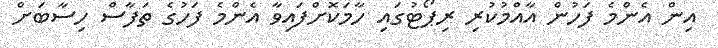
އިން އެންމެ ފަހުން އާއްމުކުރި ރިޕޯޓުގައި ހާމަކޮށްފައިވާ އެންމެ ފަހުގެ ތަފާސް ހިސާބަށް